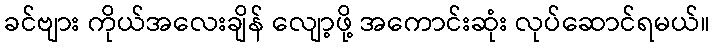
ခင်ဗျား ကိုယ်အလေးချိန် လျော့ဖို့ အကောင်းဆုံး လုပ်ဆောင်ရမယ်။